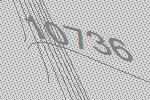
10736